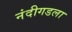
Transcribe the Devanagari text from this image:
नंदीगडला